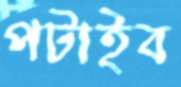
পটাইব